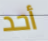
أحد